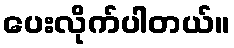
ပေးလိုက်ပါတယ်။